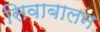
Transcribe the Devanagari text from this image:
सिवाबालन